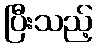
ပြီးသည့်